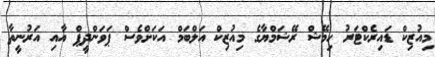
މިއުޒިކް ޑައިރެކްޓަރު ހިމޭޝް ރޭޝަމްޔާގެ މިއުޒިކް އަލްބަމް އަކަށްވެސް ޕަވަންދީޕް އާއި އަރުނީތާ